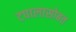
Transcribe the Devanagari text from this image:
टपालासोबत